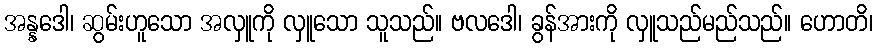
အန္နဒေါ၊ ဆွမ်းဟူသော အလှူကို လှူသော သူသည်။ ဗလဒေါ၊ ခွန်အားကို လှူသည်မည်သည်။ ဟောတိ၊